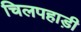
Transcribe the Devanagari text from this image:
चिलपहाड़ी